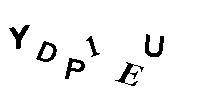
YDP1EU